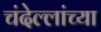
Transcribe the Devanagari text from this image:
चंदेल्लांच्या